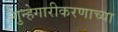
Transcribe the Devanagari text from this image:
गुन्हेगारीकरणाच्या